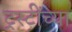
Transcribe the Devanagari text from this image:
ट्रस्टींच्या